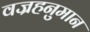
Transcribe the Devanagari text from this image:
वज्रहनुमान